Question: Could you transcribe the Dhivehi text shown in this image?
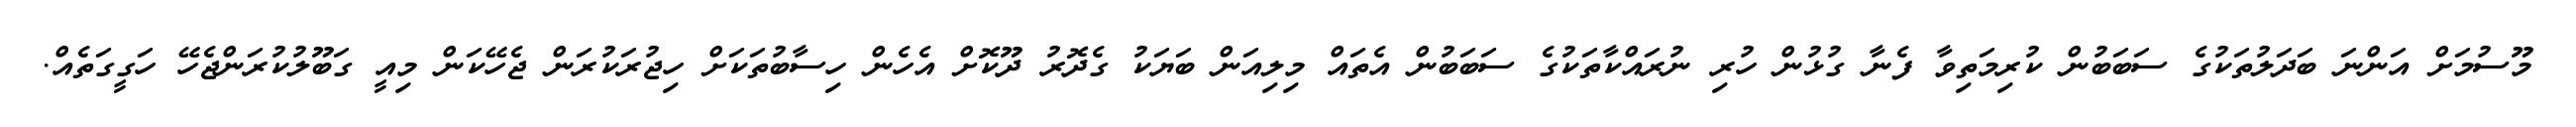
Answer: މޫސުމަށް އަންނަ ބަދަލުތަކުގެ ސަބަބުން ކުރިމަތިވާ ފެނާ ގުޅުން ހުރި ނުރައްކާތަކުގެ ސަބަބުން އެތައް މިލިއަން ބަޔަކު ގެދޮރު ދޫކޮށް އެހެން ހިސާބުތަކަށް ހިޖުރަކުރަން ޖެހޭކަން މިއީ ގަބޫލުކުރަންޖެހޭ ހަގީގަތެއް.